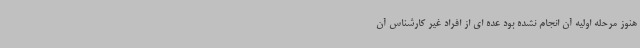
هنوز مرحله اولیه آن انجام نشده بود عده ای از افراد غیر کارشناس آن